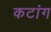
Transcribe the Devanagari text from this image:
कटांग